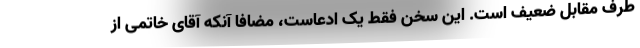
طرف مقابل ضعیف است. این سخن فقط یک ادعاست، مضافا آنکه آقای خاتمی از